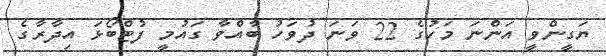
ޔަގީންވީ އަންނަ މަހުގެ 22 ވަނަ ދުވަހު ބާއްވާ ގައުމީ ފުޓްބޯޅަ އިދާރާގެ